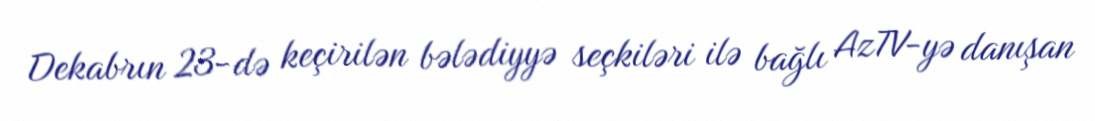
Dekabrın 23-də keçirilən bələdiyyə seçkiləri ilə bağlı AzTV-yə danışan